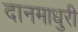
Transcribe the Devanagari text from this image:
दानमाधुरी